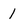
Character: 1